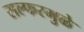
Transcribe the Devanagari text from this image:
सल्फरमुळे